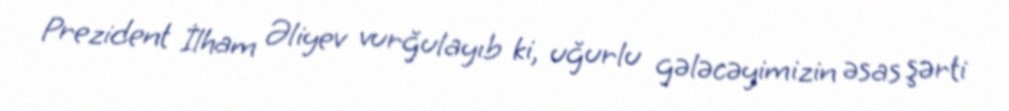
Prezident İlham Əliyev vurğulayıb ki, uğurlu gələcəyimizin əsas şərti